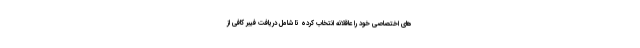
های اختصاصی خود را عاقلانه انتخاب کرده تا شامل دریافت فیبر کافی از